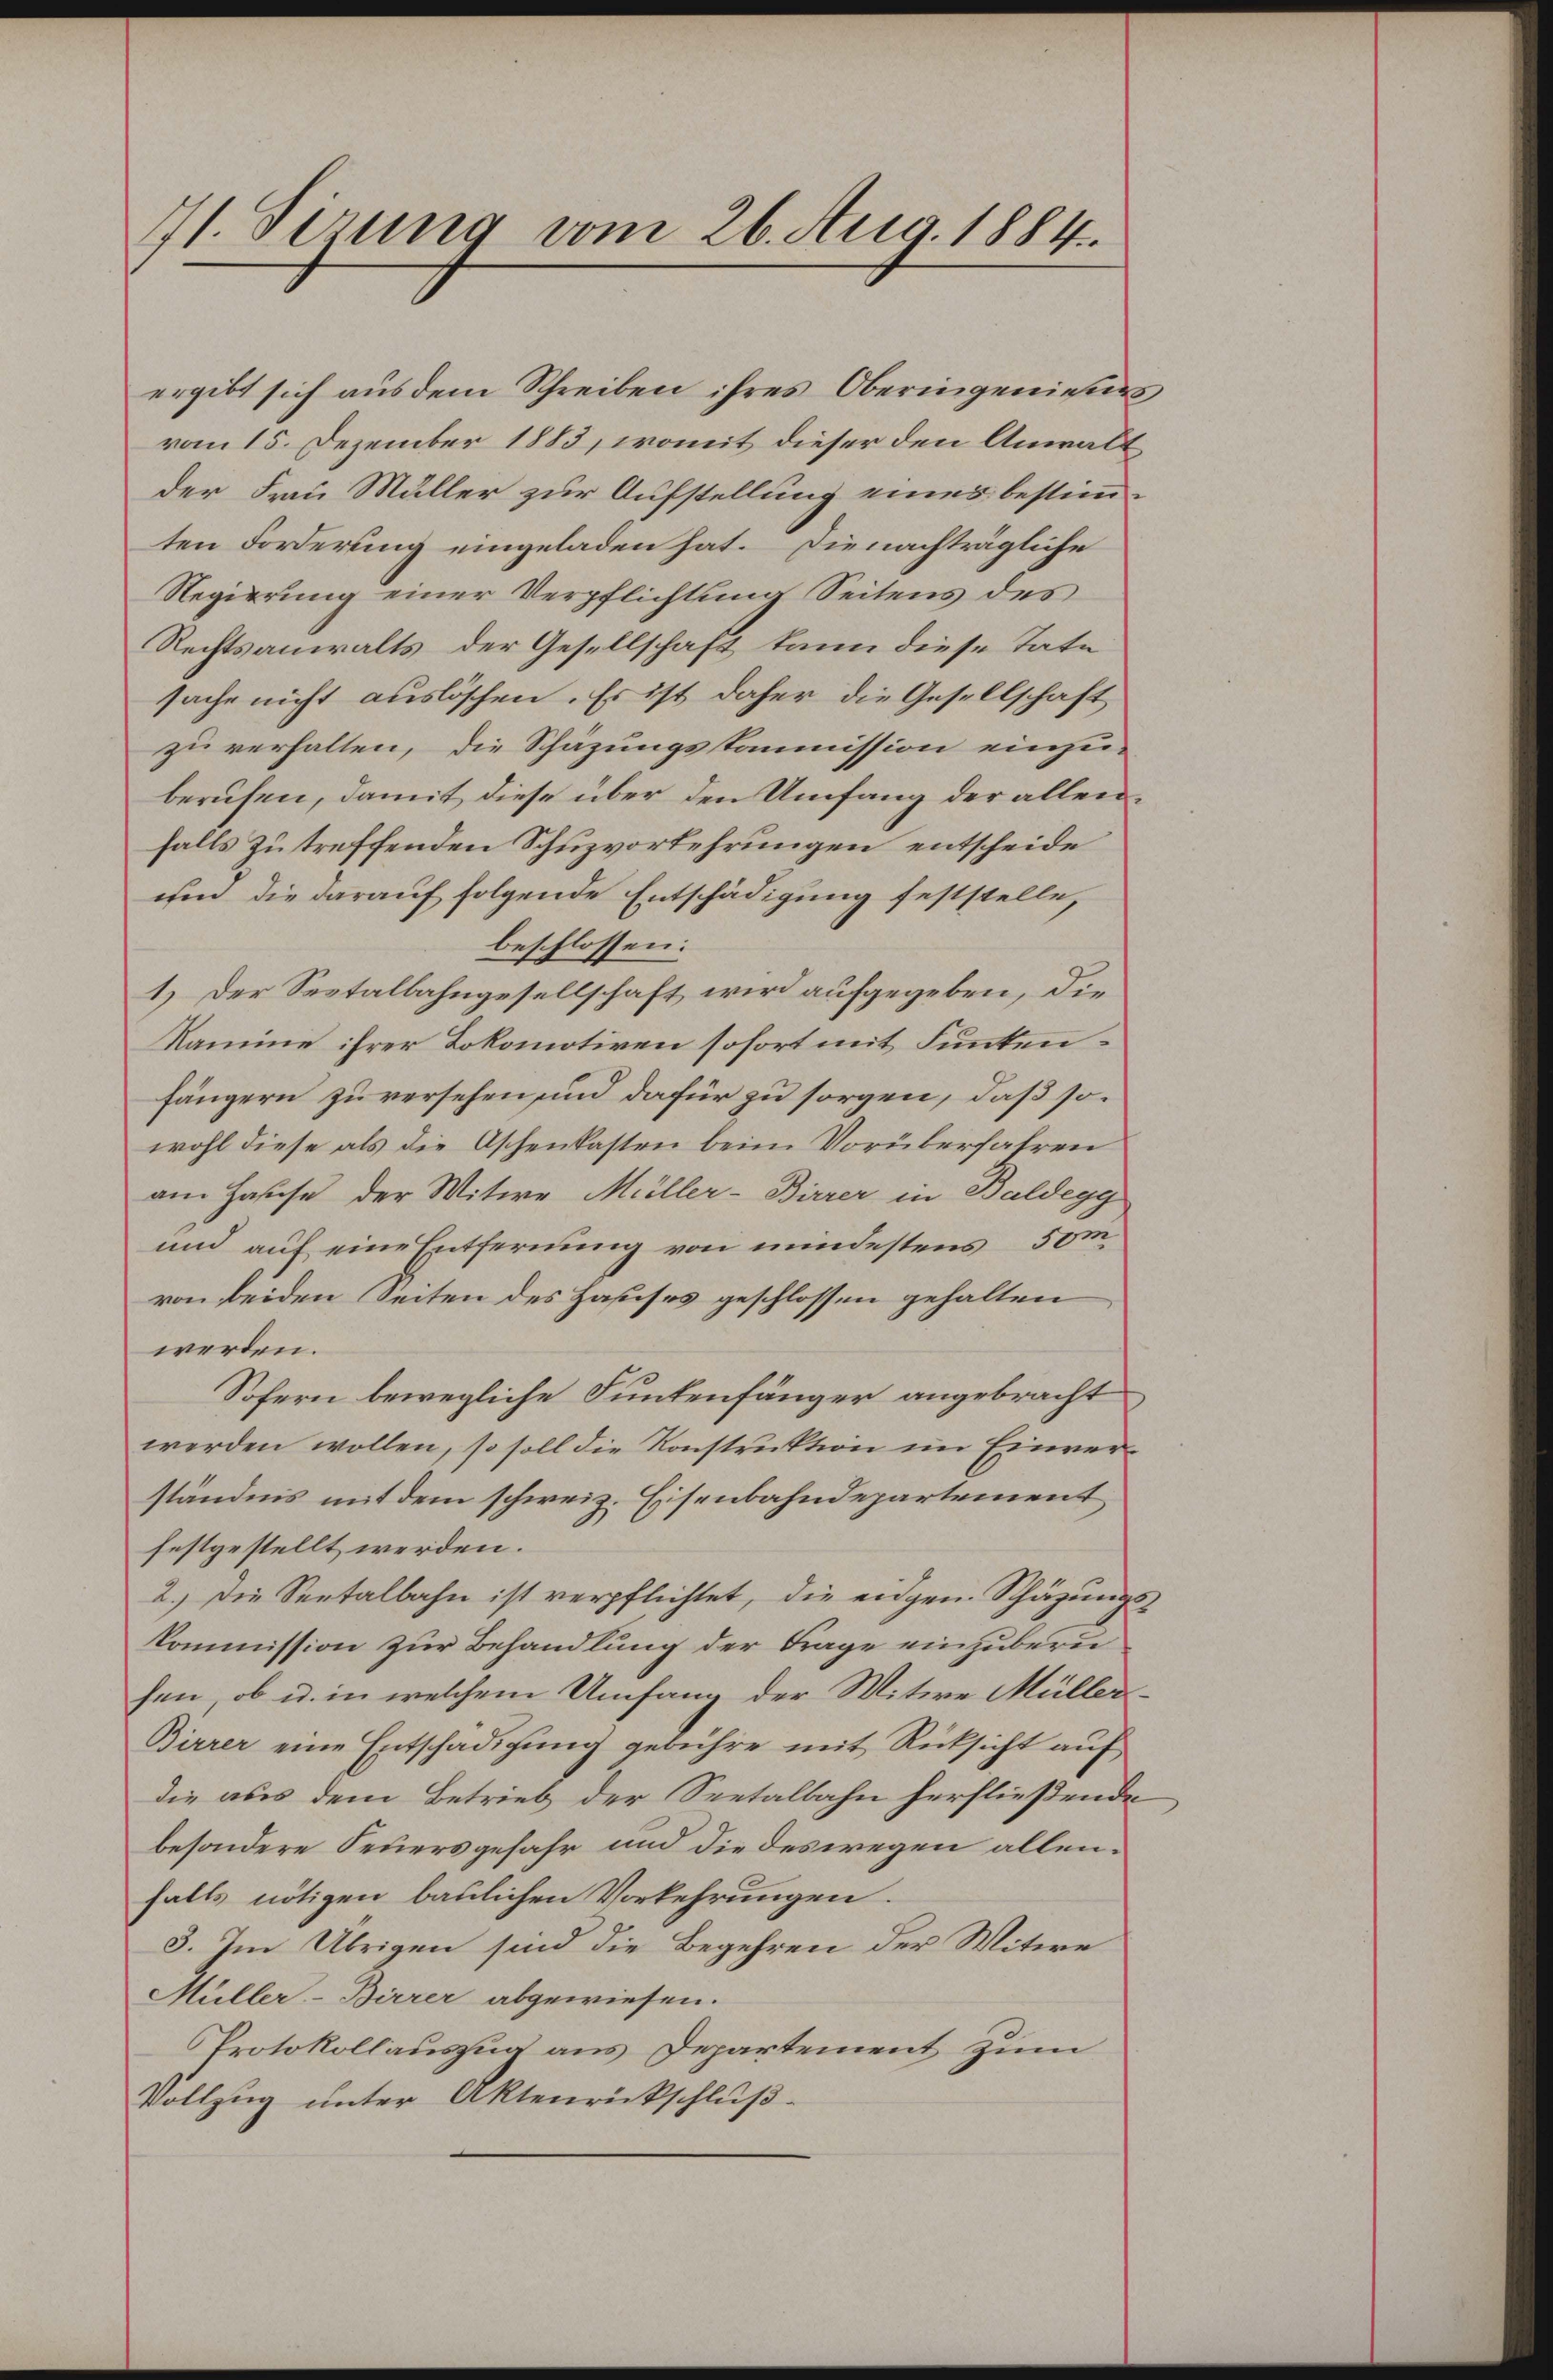
71. Sirung vom 26. Aug. 1884.

ergibt sich aus dem Schreiben ihres Oberingenieues
vom 15. Dezember 1883, womit dieser den Anwalt
der Frau Müller zur Aufstellung eines bestimm-
ten Forderung eingeladen hat. Die nachträgliche
Regierung einer Verpflichtung Seitens des
Rechtsanwalts der Gesellschaft kann diese Tate
sache nicht auslöschen. Es ist daher die Gesellschaft
zu verhalten, die Schäzungskommission einzu-
berufen, damit diese über den Umfang der allenfalls zu treffenden Schuzvorkehrungen entscheide
und die darauf folgende Entschädigung feststelle,
beschlossen:
1.) Der Sestalbahngesellschaft wird aufgegeben, die
Namme ihrer Lokomotiven sofort mit Funktenfängern zu versehen und dafür zu sorgen, daß sowohl diese als die Oschenkasten beim Vorüberfahren
am Hause der Witwe Müller-Birrer in Baldegg
und auf eine Entfernung von mindestens 50m
von beiden Seiten des Jasses geschlossen gehalten
werden.
Sofern bewegliche Funkenfänger angebracht
werden wollen, so soll die Konstruktion im Einverständnis mit dem schweiz. Eisenbahndepartement
festgestellt werden.
2.) Die Seetalbahn ist verpflichtet, die eidgen. Schäzungs¬
Kommission zur Behandlung der Frage einzuberuhen, ob u. in welchem Umfang der Witwe Müller¬
Birrer eine Entschädigung gebühre mit Rücksicht auf
die aus dem Betrieb der Seetalbahn herfließende
besondere Feuersgefahr und die deswegen allenfalls nötigen baulichen Vorkehrungen.
3. Im Übrigen sind die Begehren der Witwe
Müller-Birrer abgewiesen.
Protokollauszug aus Departement zum
Vollzug unter Aktenrückschluß-